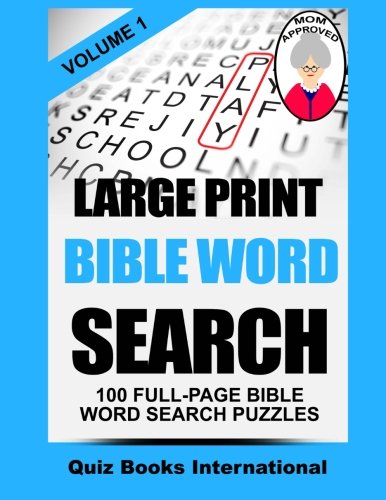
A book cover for Large Print Bible Word Search Volume 1: 100 Bible Related Word Search Puzzles; Quiz Books International; Humor & Entertainment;